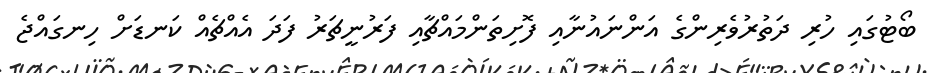
ބޯޓުގައި ހުރި ދަތުރުވެރިންގެ އަންނައުނާއި ފޮށިތަންމައްޗާއި ފަރުނީޗަރު ފަދަ އެއްޗެއް ކަނޑަށް ހިނގައްޖެ